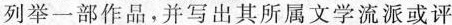
列举一部作品，并写出其所属文学流派或评